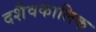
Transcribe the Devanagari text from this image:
दशैवकालिक